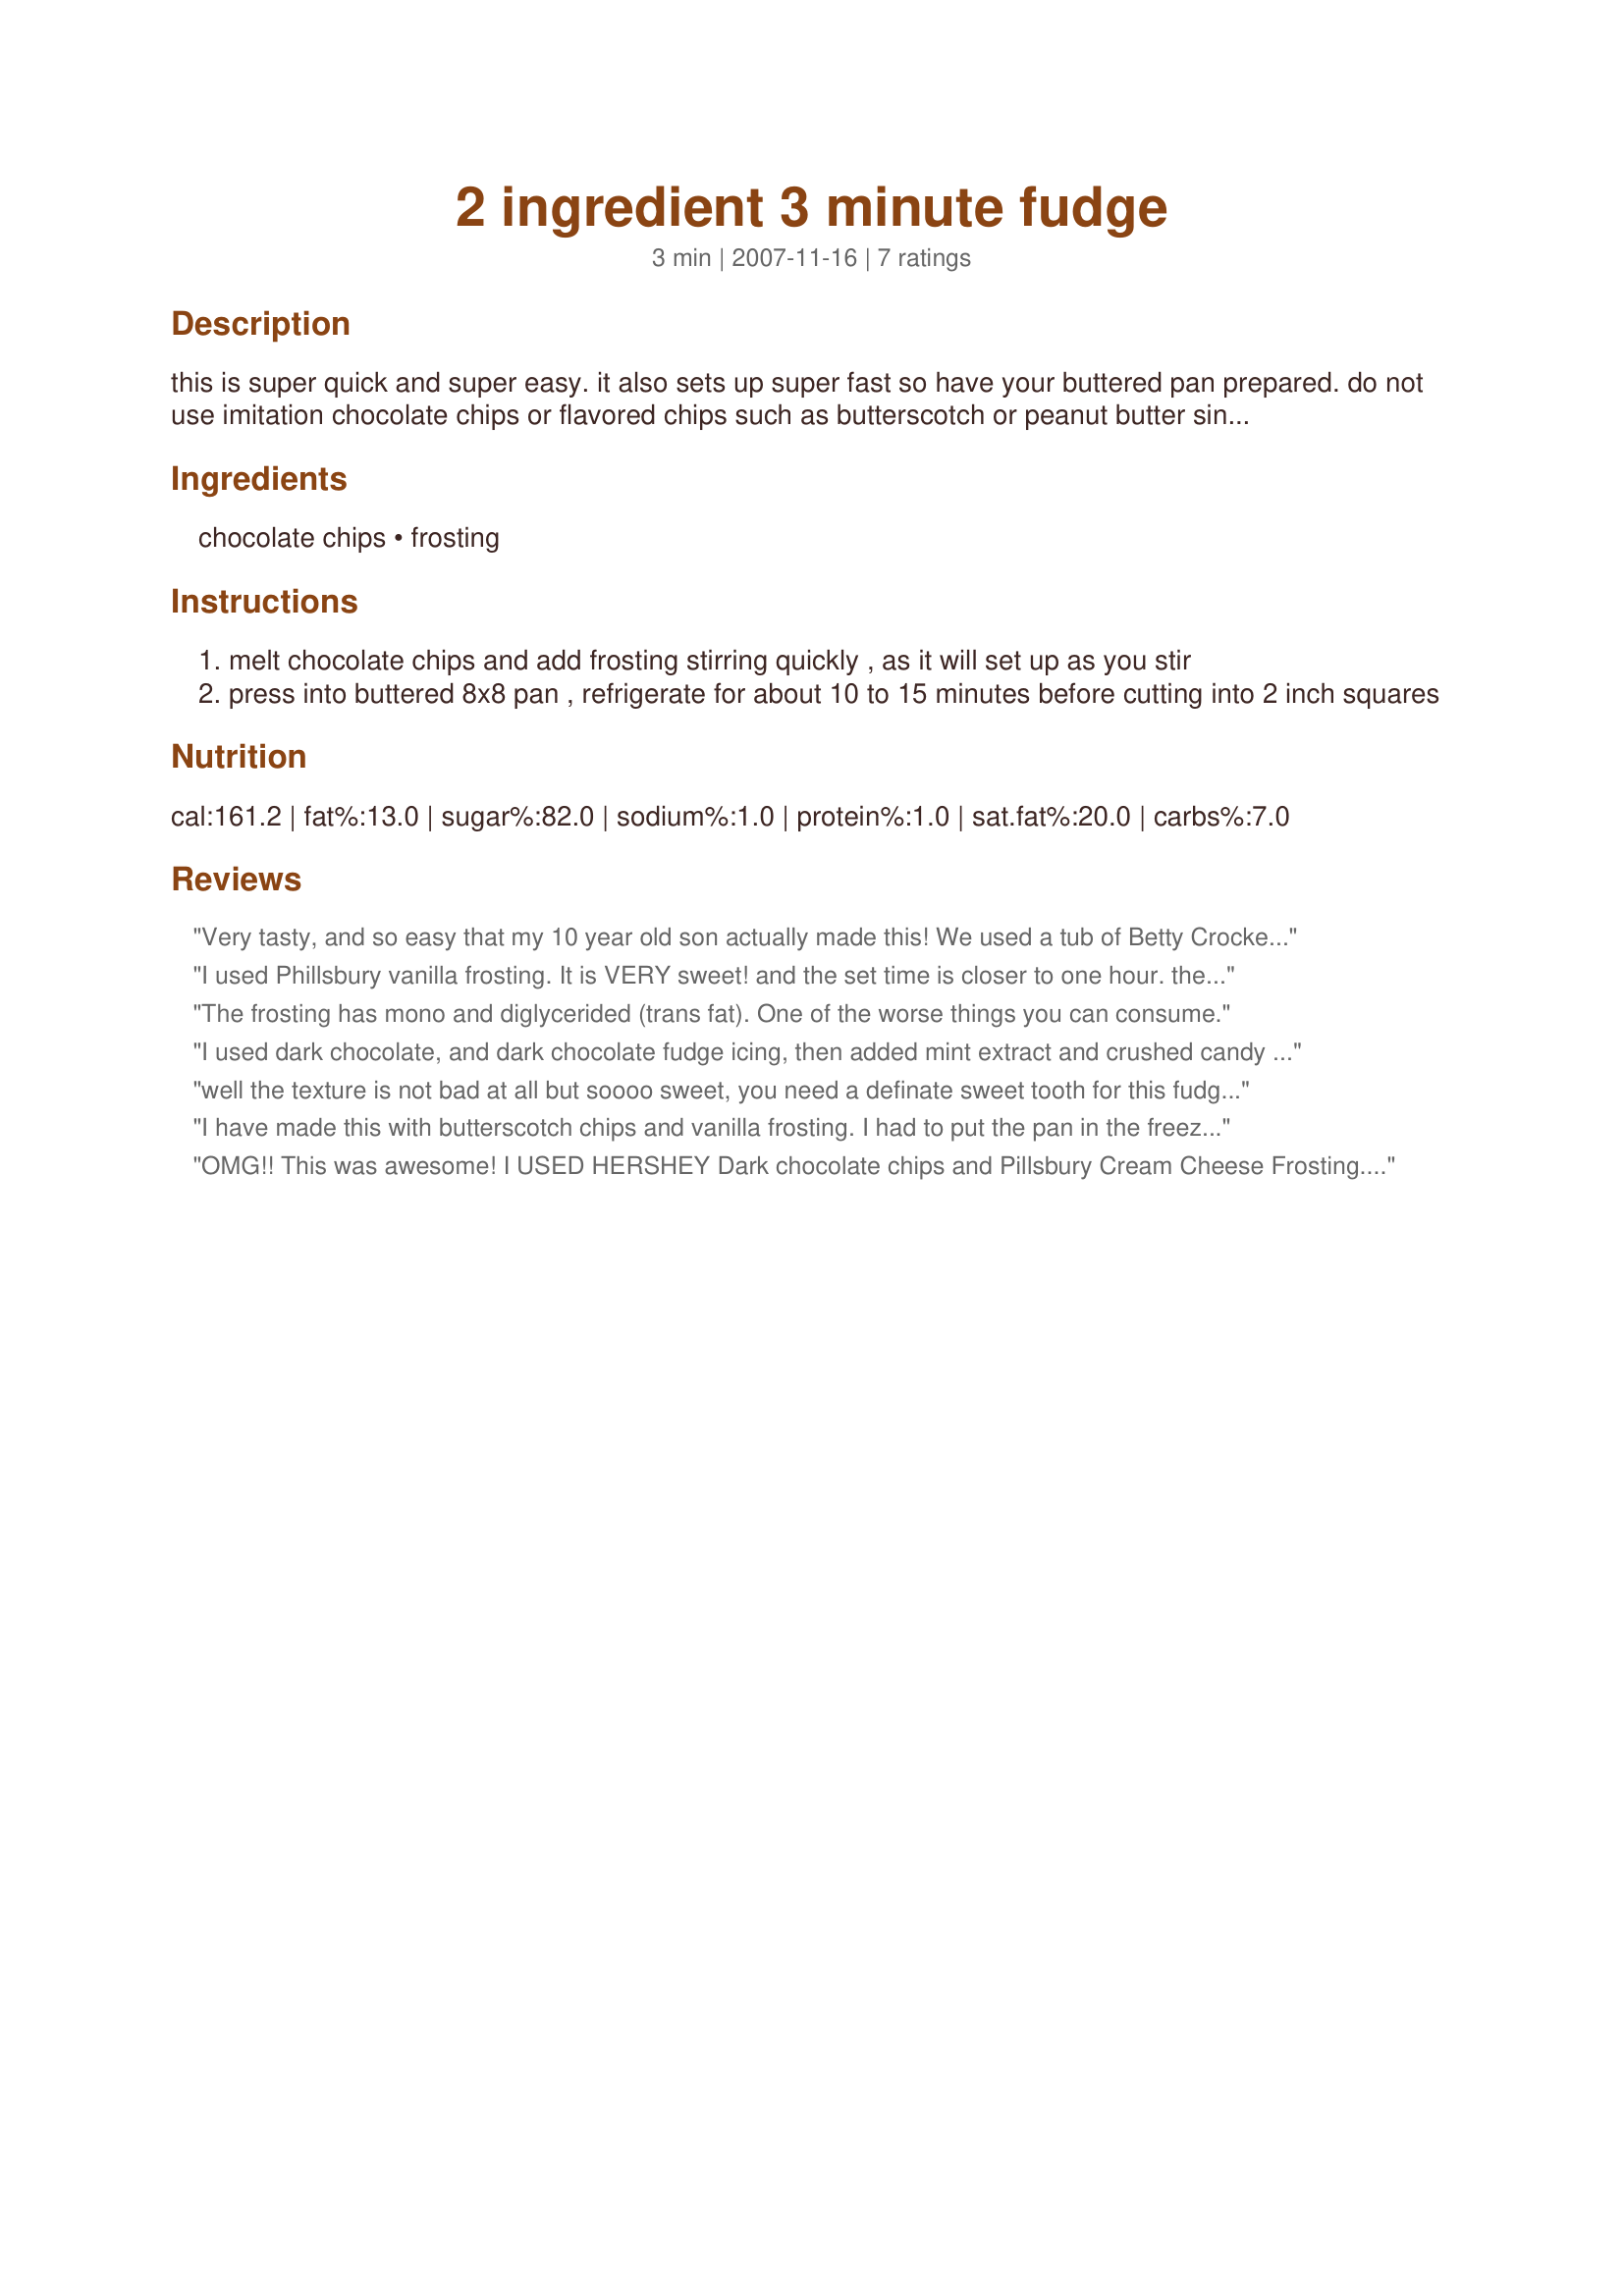
2 ingredient 3 minute fudge
Preparation time: 3 minutes

this is super quick and super easy. it also sets up super fast so have your buttered pan prepared. do not use imitation chocolate chips or flavored chips such as butterscotch or peanut butter since these do not work as well. i have found however the off brand cheap frostings work best.

Ingredients:
chocolate chips, frosting

Steps:
melt chocolate chips and add frosting stirring quickly , as it will set up as you stir
press into buttered 8x8 pan , refrigerate for about 10 to 15 minutes before cutting into 2 inch squares

Reviews:
Very tasty, and so easy that my 10 year old son actually made this! We used a tub of Betty Crocker Vanilla Frosting, and a combination of milk chocolate melts and dark chocolate melts. [Made for PRMR]
I used Phillsbury vanilla frosting. It is VERY sweet! and the set time is closer to one hour. the kids will love them.
The frosting has mono and diglycerided (trans fat). One of the worse things you can consume.
I used dark chocolate, and dark chocolate fudge icing, then added mint extract and crushed candy canes on top. For me it's not the smooth fudge I was expecting, it came out more like a chocolate bar, probably because dark chocolate doesn't work so well for this. But considering it was super quick--I love the idea. And I'll have to try this again with semi sweet.
well the texture is not bad at all but soooo sweet, you need a definate sweet tooth for this fudge, I used semi-sweet chocolate chips, also a longer refrigeration time to set properly, thanks Nyte!...Kitten
I have made this with butterscotch chips and vanilla frosting. I had to put the pan in the freezer to cool quickly, as per my husband. After it was cooled, than pan lasted about 5 hours with only me getting 2 pieces and my husband and step son eating the rest of the entire pan. I have also made it with half semi sweet chocolate chips and half peanut butter chips. VERY GOOD! White frosting and peanut butter chips turned out really well too but they keep asking me to make the butterscotch fudge.
OMG!! This was awesome! I USED HERSHEY Dark chocolate chips and Pillsbury Cream Cheese Frosting. I heated the frosting for a few seconds - the best fudge ever. I am thinking of adding a cup of drained chopped marachino cherries next time. My family raved!
